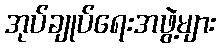
အုပ်ချုပ်ရေးအဖွဲ့များ